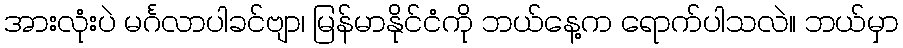
အားလုံးပဲ မင်္ဂလာပါခင်ဗျာ၊ မြန်မာနိုင်ငံကို ဘယ်နေ့က ရောက်ပါသလဲ။ ဘယ်မှာ